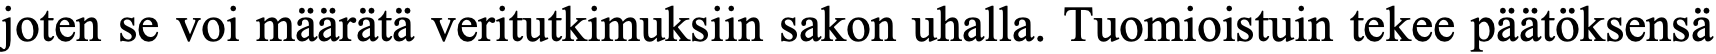
joten se voi määrätä veritutkimuksiin sakon uhalla. Tuomioistuin tekee päätöksensä